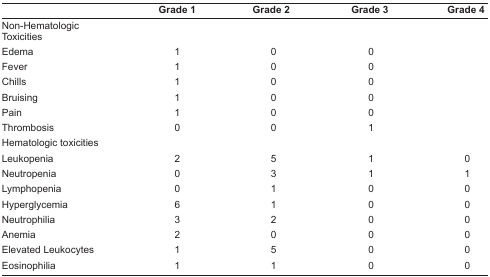
<table><thead><tr><td></td><td><b>Grade 1</b></td><td><b>Grade 2</b></td><td><b>Grade 3</b></td><td><b>Grade 4</b></td></tr></thead><tbody><tr><td>Non-Hematologic Toxicities</td><td></td><td></td><td></td><td></td></tr><tr><td>Edema</td><td>1</td><td>0</td><td>0</td><td></td></tr><tr><td>Fever</td><td>1</td><td>0</td><td>0</td><td></td></tr><tr><td>Chills</td><td>1</td><td>0</td><td>0</td><td></td></tr><tr><td>Bruising</td><td>1</td><td>0</td><td>0</td><td></td></tr><tr><td>Pain</td><td>1</td><td>0</td><td>0</td><td></td></tr><tr><td>Thrombosis</td><td>0</td><td>0</td><td>1</td><td></td></tr><tr><td>Hematologic toxicities</td><td></td><td></td><td></td><td></td></tr><tr><td>Leukopenia</td><td>2</td><td>5</td><td>1</td><td>0</td></tr><tr><td>Neutropenia</td><td>0</td><td>3</td><td>1</td><td>1</td></tr><tr><td>Lymphopenia</td><td>0</td><td>1</td><td>0</td><td>0</td></tr><tr><td>Hyperglycemia</td><td>6</td><td>1</td><td>0</td><td>0</td></tr><tr><td>Neutrophilia</td><td>3</td><td>2</td><td>0</td><td>0</td></tr><tr><td>Anemia</td><td>2</td><td>0</td><td>0</td><td>0</td></tr><tr><td>Elevated Leukocytes</td><td>1</td><td>5</td><td>0</td><td>0</td></tr><tr><td>Eosinophilia</td><td>1</td><td>1</td><td>0</td><td>0</td></tr></tbody></table>